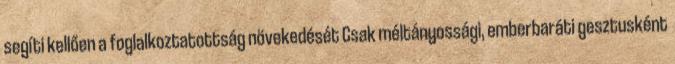
segíti kellően a foglalkoztatottság növekedését Csak méltányossági, emberbaráti gesztusként